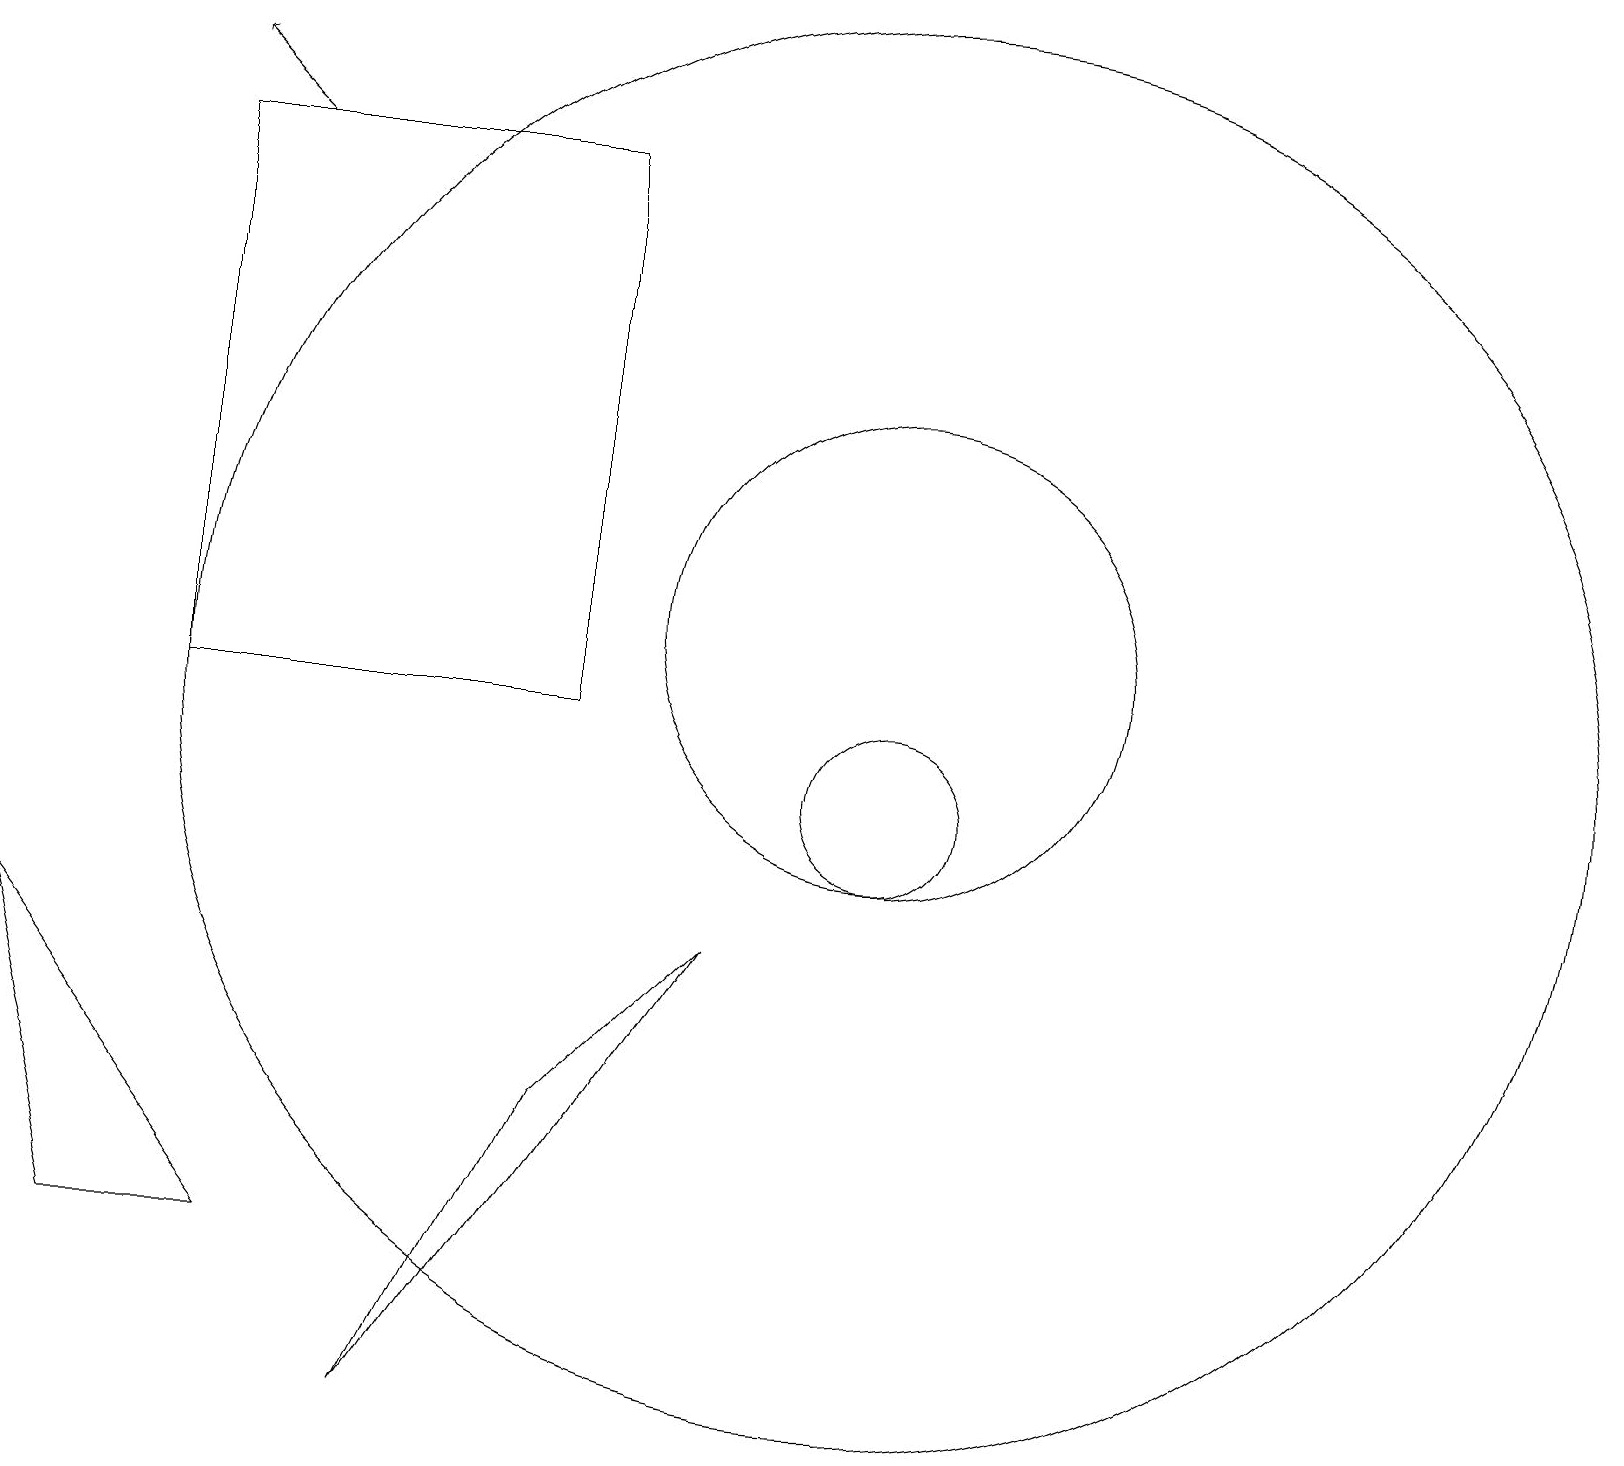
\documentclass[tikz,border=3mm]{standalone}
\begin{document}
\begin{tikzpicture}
\draw (7,18) rectangle (2,11);
\draw (11,11) circle (9);
\draw (11,12) circle (3);
\draw (9,8) -- (7,6) -- (5,2) -- cycle;
\draw (3,4) -- (0,8) -- (1,4) -- cycle;
\draw[->] (3,18) -- (2,19);
\draw (11,10) circle (1);
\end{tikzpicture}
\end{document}